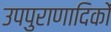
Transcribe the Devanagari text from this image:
उपपुराणादिकों